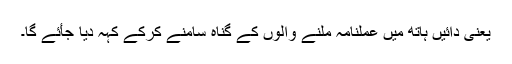
یعنی دائیں ہاتھ میں عملنامہ ملنے والوں کے گناہ سامنے کرکے کہہ دیا جأئے گا۔